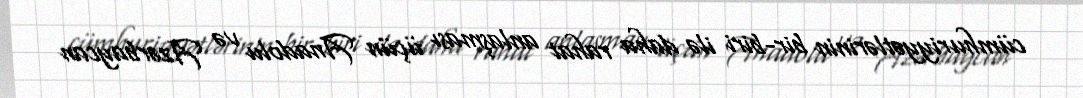
cümhuriyyətlərinin bir-biri ilə daha rahat anlaşması üçün Anadolu və Azərbaycan